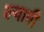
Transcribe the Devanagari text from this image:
ल्यावी